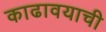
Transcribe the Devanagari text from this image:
काढावयाची